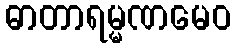
ဓာတာရမ္မဏမေဝ